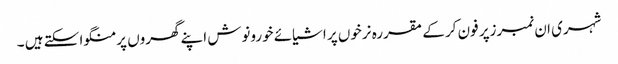
شہری ان نمبرزپر فون کر کے مقررہ نرخوں پر اشیائے خورونوش اپنے گھروں پر منگوا سکتے ہیں ۔